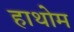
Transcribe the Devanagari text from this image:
हाथोम